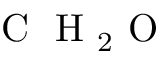
\textrm { C } \textrm { H } _ { 2 } \textrm { O }